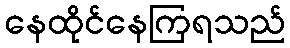
နေထိုင်နေကြရသည်